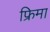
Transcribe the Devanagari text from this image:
फ्रिमा